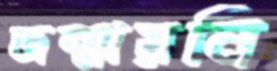
জন্মায়নি